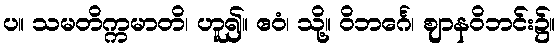
ပ။ သမတိက္ကမာတိ၊ ဟူ၍။ ဧဝံ၊ သို့။ ဝိဘင်္ဂေ၊ ဈာနဝိဘင်း၌။